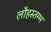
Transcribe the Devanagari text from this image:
लौहस्तम्भ